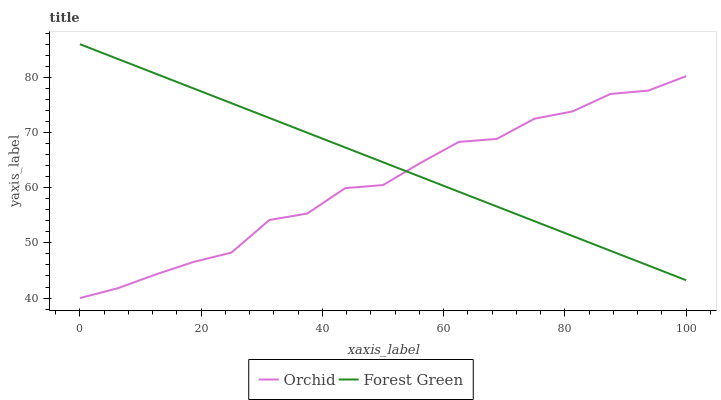
| xaxis_label | Orchid | Forest Green |
 | --- | --- | --- |
 | 0 | 40 | 86 |
 | 6.25 | 41.8 | 83.3 |
 | 12.5 | 44.3 | 80.7 |
 | 18.8 | 46.5 | 78 |
 | 25 | 48.2 | 75.3 |
 | 31.2 | 54.1 | 72.6 |
 | 37.5 | 55.3 | 70 |
 | 43.8 | 59.9 | 67.3 |
 | 50 | 60.5 | 64.6 |
 | 56.2 | 64.5 | 61.9 |
 | 62.5 | 68.3 | 59.3 |
 | 68.8 | 68.8 | 56.6 |
 | 75 | 72.5 | 53.9 |
 | 81.2 | 73.8 | 51.2 |
 | 87.5 | 77 | 48.6 |
 | 93.8 | 77.6 | 45.9 |
 | 100 | 80.2 | 43.2 |